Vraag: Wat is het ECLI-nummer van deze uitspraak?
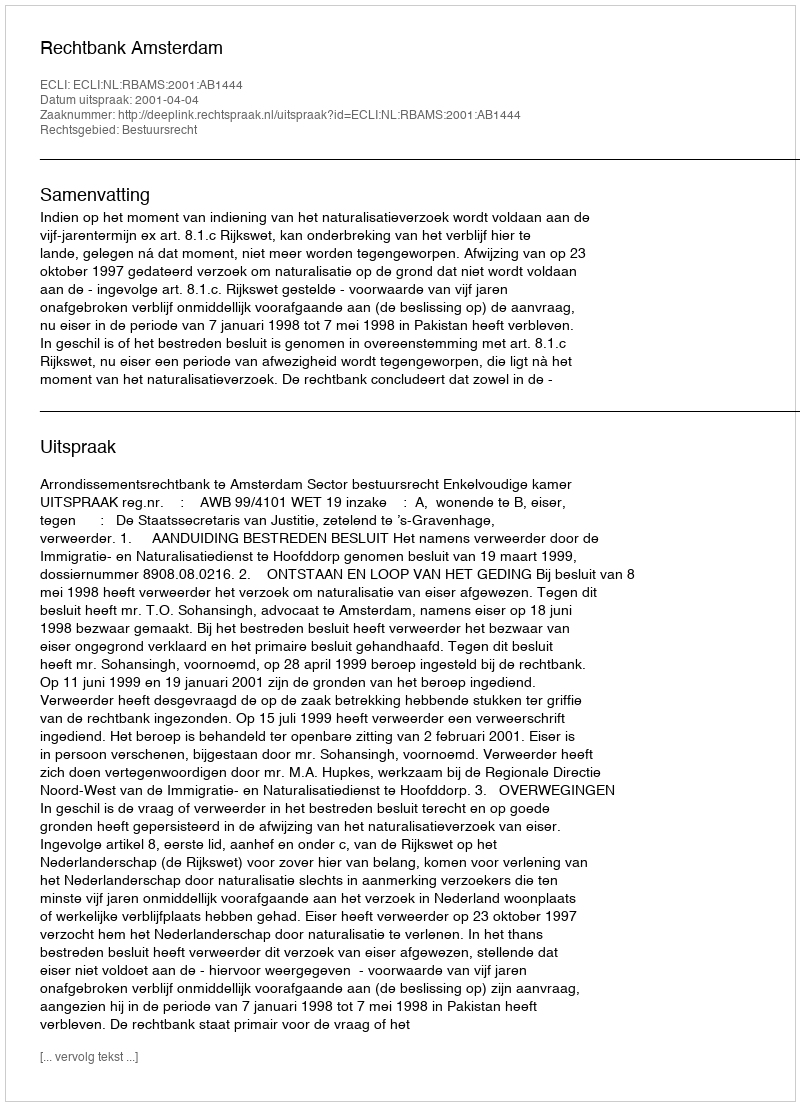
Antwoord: ECLI:NL:RBAMS:2001:AB1444